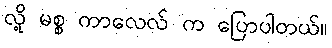
လို့ မစ္စ ကာလေလ် က ပြောပါတယ်။